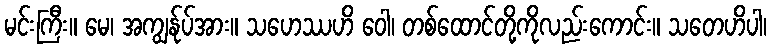
မင်းကြီး။ မေ၊ အကျွန်ုပ်အား။ သဟေဿဟိ ဝေါ၊ တစ်ထောင်တို့ကိုလည်းကောင်း။ သတေဟိပါ၊